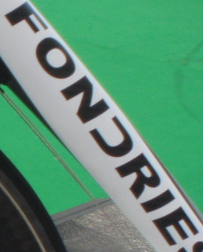
FONCRIE